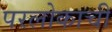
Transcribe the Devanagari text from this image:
परलोकाची